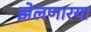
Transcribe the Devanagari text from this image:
झेलणारया